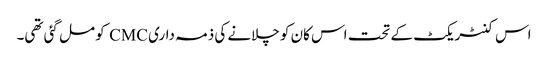
اس کنٹریکٹ کے تحت اس کان کو چلانے کی ذمہ داری CMC کو مل گئی تھی۔